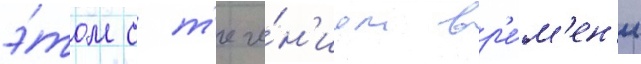
э́том с т'ече́н'ием вр'е́м'ен'и